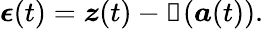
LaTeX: \boldsymbol{\epsilon}(t)=\boldsymbol{z}(t)-\boldsymbol{\mathscr{H}}(\boldsymbol{a}(t)).